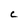
Character: C